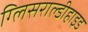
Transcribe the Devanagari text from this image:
ग्लिसराल्डीहाइड